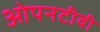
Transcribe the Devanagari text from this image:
ओपनटीवी